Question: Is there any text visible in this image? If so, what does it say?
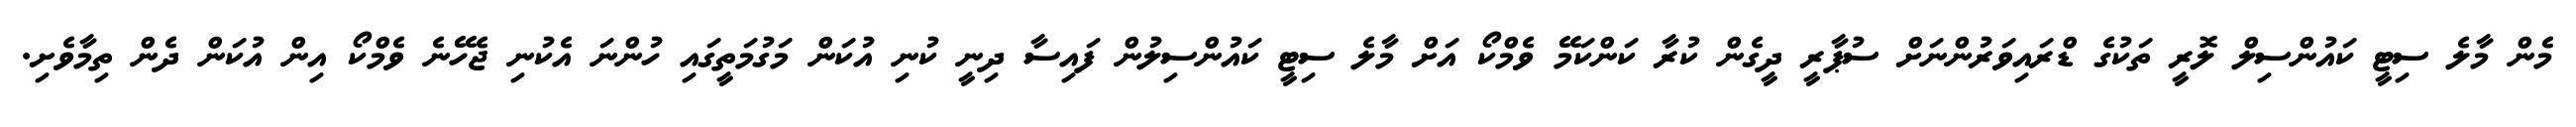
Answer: މެން މާލެ ސިޓީ ކައުންސިލް ލޮރީ ތަކުގެ ޑްރައިވަރުންނަށް ސުޕާރީ ދީގެން ކުރާ ކަންކަމޭ ވެމްކޯ އަށް މާލެ ސިޓީ ކައުންސިލުން ފައިސާ ދިނީ ކުނި އުކަން މަގުމަތީގައި ހުންނަ އެކުނި ޖެހޭނެ ވެމްކޯ އިން އުކަން ދެން ތިމާވެށި.